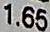
1.65